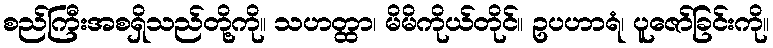
စည်ကြီးအစရှိသည်တို့ကို။ သဟတ္ထာ၊ မိမိကိုယ်တိုင်။ ဥပဟာရံ၊ ပူဇော်ခြင်းကို။